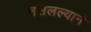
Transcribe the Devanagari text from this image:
नसलल्याने